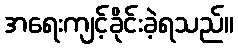
အရေးကျင့်ခိုင်းခဲ့ရသည်။